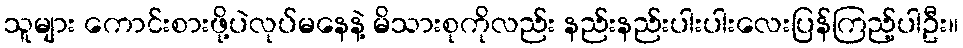
သူများ ကောင်းစားဖို့ပဲလုပ်မနေနဲ့ မိသားစုကိုလည်း နည်းနည်းပါးပါးလေးပြန်ကြည့်ပါဦး။